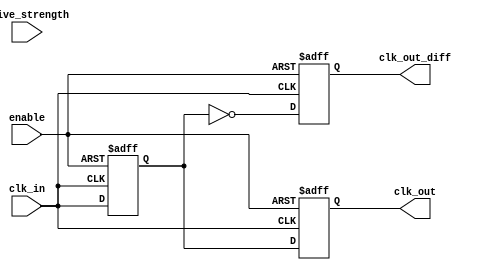
module LowPowerClockBuffer (
    input wire clk_in,            // Input clock signal
    input wire enable,            // Enable signal
    input wire [1:0] drive_strength, // Programmable output drive strength
    output reg clk_out,           // Output clock signal
    output reg clk_out_diff       // Differential output clock signal
);

    // Parameters for drive strength
    parameter DRIVE_LOW = 2'b00;  // Low drive strength
    parameter DRIVE_MEDIUM = 2'b01; // Medium drive strength
    parameter DRIVE_HIGH = 2'b10;   // High drive strength

    // Internal signals
    reg clk_buf;                   // Buffered clock signal
    reg clk_buf_diff;              // Buffered differential clock signal

    // Clock Buffering Logic
    always @(posedge clk_in or negedge enable) begin
        if (!enable) begin
            clk_buf <= 1'b0;        // Disable clock output
            clk_out <= 1'b0;
            clk_out_diff <= 1'b0;
        end else begin
            // Buffer the clock signal with adjustable drive strength
            case (drive_strength)
                DRIVE_LOW: begin
                    clk_buf <= clk_in; // Low drive strength
                    clk_out <= clk_buf;
                    clk_out_diff <= ~clk_buf; // Differential output
                end
                DRIVE_MEDIUM: begin
                    clk_buf <= clk_in; // Medium drive strength
                    clk_out <= clk_buf;
                    clk_out_diff <= ~clk_buf; // Differential output
                end
                DRIVE_HIGH: begin
                    clk_buf <= clk_in; // High drive strength
                    clk_out <= clk_buf;
                    clk_out_diff <= ~clk_buf; // Differential output
                end
                default: begin
                    clk_buf <= clk_in; // Default to medium drive strength
                    clk_out <= clk_buf;
                    clk_out_diff <= ~clk_buf; // Differential output
                end
            endcase
        end
    end

    // Output rise/fall time control (simplified)
    always @(posedge clk_buf) begin
        // Implement rise time control logic here if needed
    end

    always @(negedge clk_buf) begin
        // Implement fall time control logic here if needed
    end

endmodule